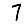
Digit: 7